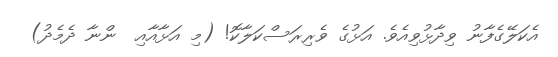
އެކަލޭގެފާނު ވިދާޅުވިއެވެ. އަޅުގެ ވެރިރަސްކަލާކޮ! (މި އަޅާއާއި  ންނާ ދެމެދު)